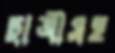
ছাত্রীসহ